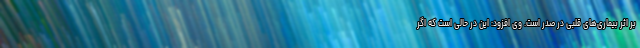
بر اثر بیماری‌های قلبی در صدر است. وی افزود: این در حالی است که اگر